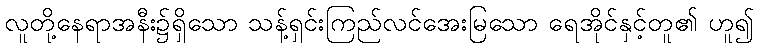
လူတို့နေရာအနီး၌ရှိသော သန့်ရှင်းကြည်လင်အေးမြသော ရေအိုင်နှင့်တူ၏ ဟူ၍